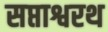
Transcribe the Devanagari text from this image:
सप्ताश्वरथ